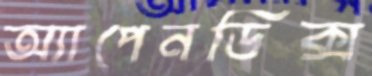
অ্যাপেনডিক্স